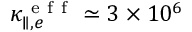
\kappa _ { \parallel , e } ^ { \mathrm { ~ e ~ f ~ f ~ } } \simeq 3 \times 1 0 ^ { 6 }